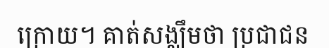
ក្រោយ។ គាត់សង្ឈឹមថា ប្រជាជន